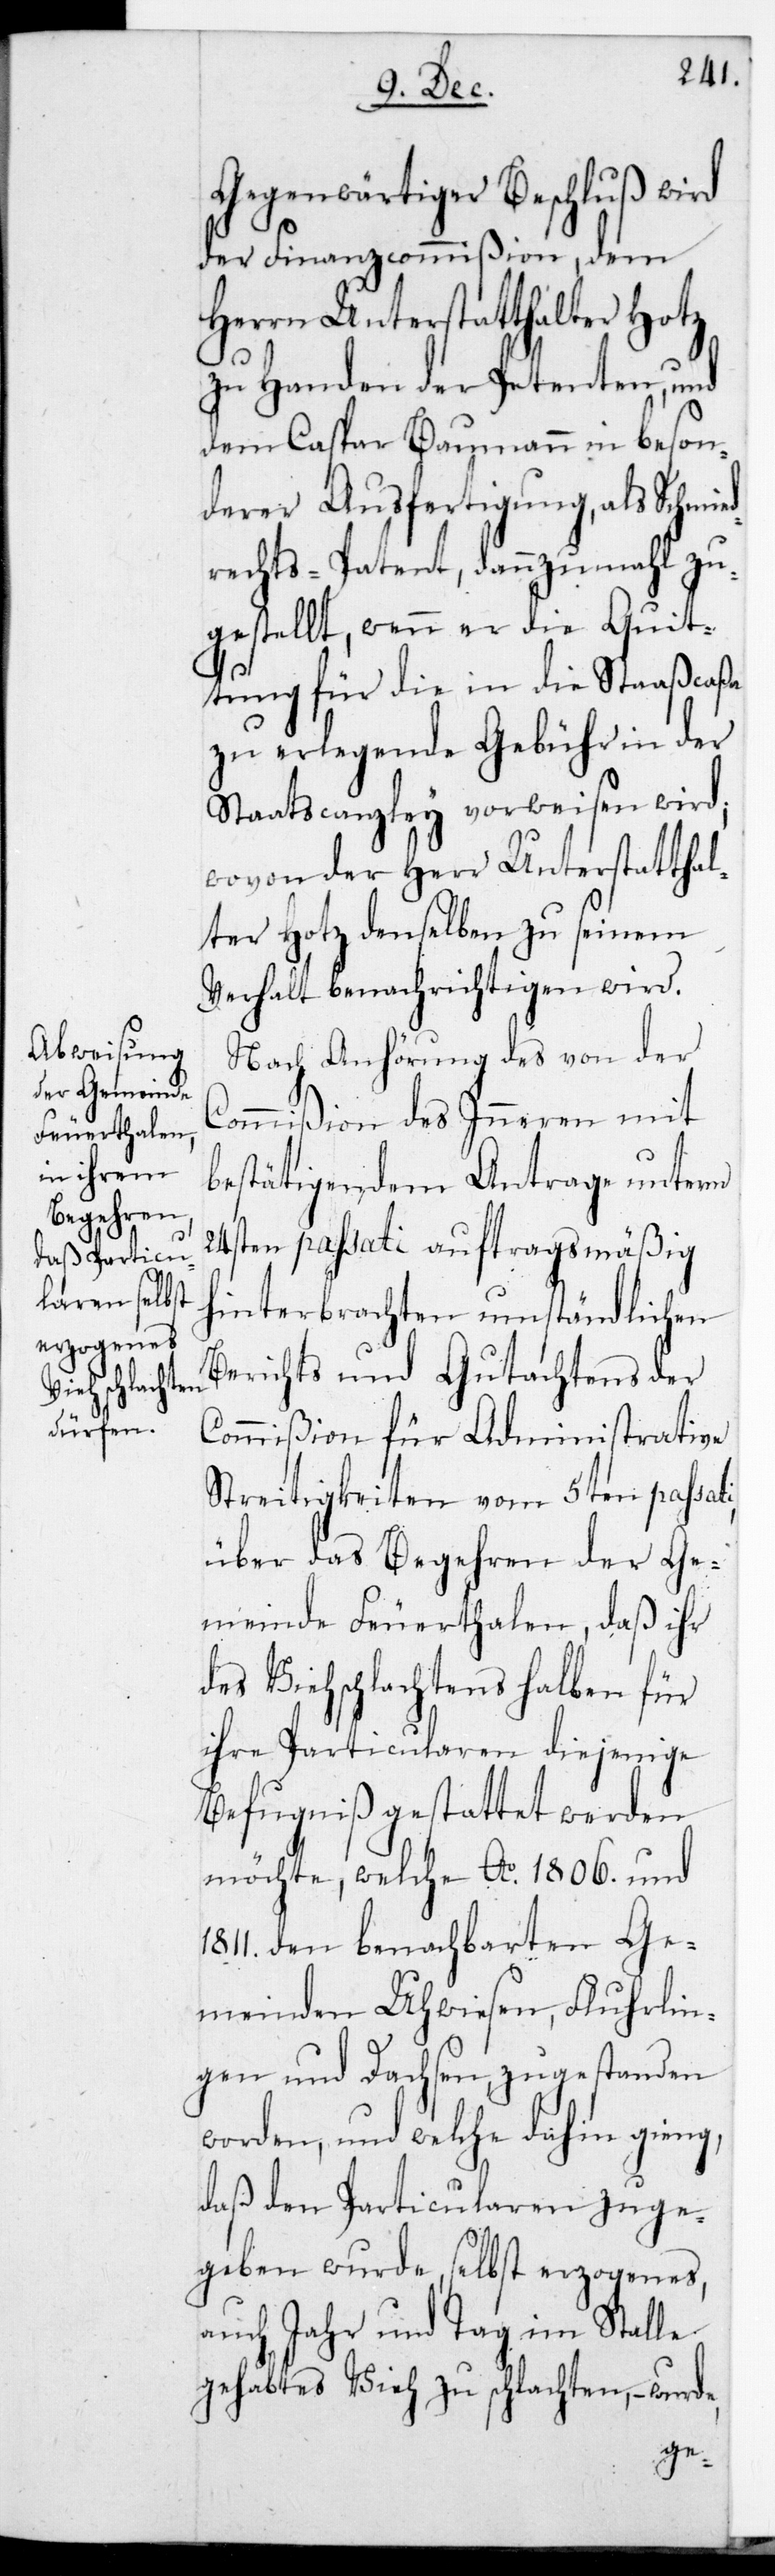
Gegenwärtiger Beschluß wird
der Finanzcommißion, dem
Herrn Unterstatthalter Hotz
zu Handen des Petenten, und
dem Caspar Baumann in beson¬
derer Ausfertigung als Schmie¬
drechts-Patent, dannzumahl zu¬
gestellt, wenn er die Quit¬
tung für die in die Staatscaßa
zu erlegende Gebühr in der
Staatscanzley vorweisen wird,
wovon der Herr Unterstatthal¬
ter Hotz denselben zu seinem
Verhalt benachrichtigen wird.
Nach Anhörung des von der
Commißion des Inneren mit
bestätigendem Antrage unterm
24sten passati auftragsmäßig
hinterbrachten umständlichen
Berichts und Gutachtens der
Commißion für administrative
Streitigkeiten vom 5ten passati,
über das Begehren der Ge¬
meinde Feuerthalen, daß ihr
das Viehschlachten halben für
ihre Particularen diejenige
Befugniß gestattet werden
möchte, welche Ao 1806. und
1811. den benachbarten Ge¬
meinden Uhwiesen, Flurlin¬
gen und Dachsen zugestanden
worden, und welche dahin ging,
daß den Particularen zuge¬
geben wurde, selbst erzogenes,
auch Jahr und Tag im Stalle
gehabtes Vieh zu schlachten, – wurde